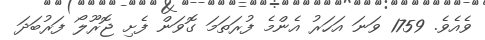
ވެއެވެ. 1759 ވަނަ އަހަރު އެންމެ ފުރަތަމަ ގޮވަން ފެށި ޖޮރޫލޯ ފަރުބަދަ